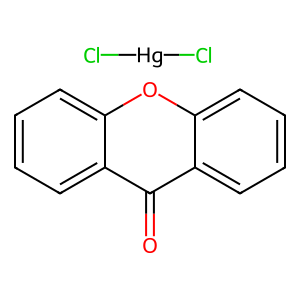
SMILES: Cl[Hg]Cl.O=c1c2ccccc2oc2ccccc12
Inhibits HIV replication: No